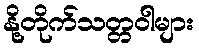
နို့တိုက်သတ္တဝါများ